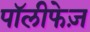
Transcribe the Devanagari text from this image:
पॉलीफेज़